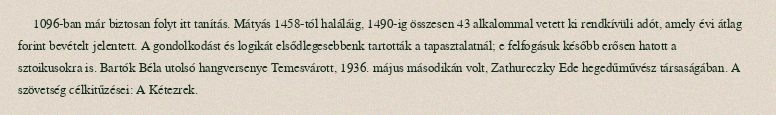
1096-ban már biztosan folyt itt tanítás. Mátyás 1458-tól haláláig, 1490-ig összesen 43 alkalommal vetett ki rendkívüli adót, amely évi átlag forint bevételt jelentett. A gondolkodást és logikát elsődlegesebbenk tartották a tapasztalatnál; e felfogásuk később erősen hatott a sztoikusokra is. Bartók Béla utolsó hangversenye Temesvárott, 1936. május másodikán volt, Zathureczky Ede hegedűművész társaságában. A szövetség célkitűzései: A Kétezrek.